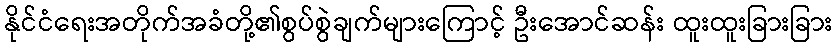
နိုင်ငံရေးအတိုက်အခံတို့၏စွပ်စွဲချက်များကြောင့် ဦးအောင်ဆန်း ထူးထူးခြားခြား